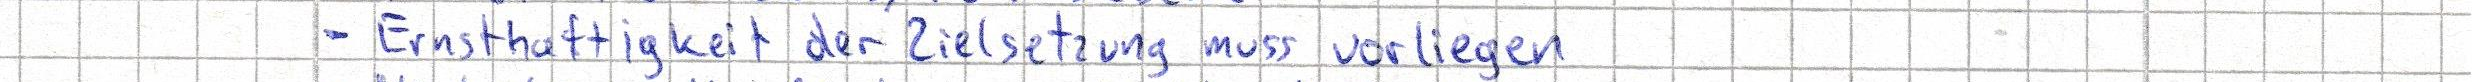
- Ernsthaftigkeit der Zielsetzung muss vorliegen